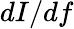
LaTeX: dI/df